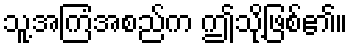
သူ့အကြံအစည်က ဤသို့ဖြစ်၏။